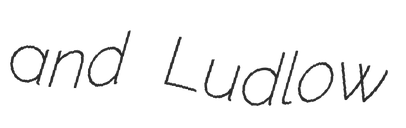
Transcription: and Ludlow